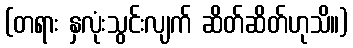
(တရား နှလုံးသွင်းလျက် ဆိတ်ဆိတ်ဟုသိ။)